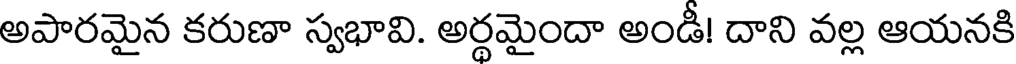
అపారమైన కరుణా స్వభావి. అర్థమైందా అండీ! దాని వల్ల ఆయనకి